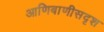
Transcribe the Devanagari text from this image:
आणिबाणीसदृश